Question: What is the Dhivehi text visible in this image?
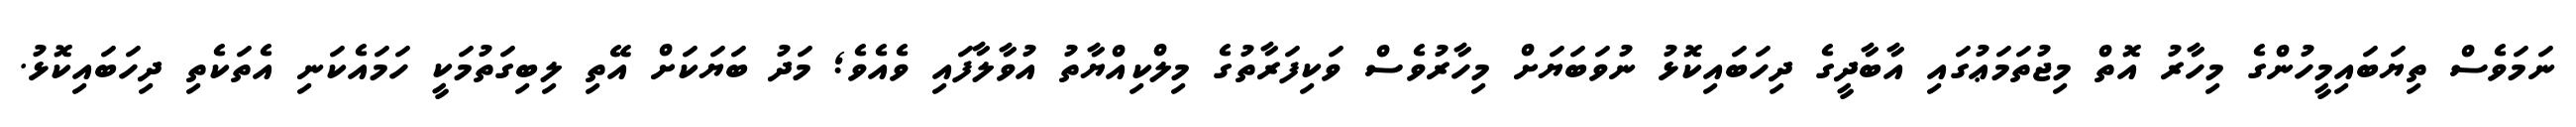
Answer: ނަމަވެސް ތިޔަބައިމީހުންގެ މިހާރު އޮތް މިޖުތަމަޢުގައި އާބާދީގެ ދިހަބައިކޮޅު ނުވަބަޔަށް މިހާރުވެސް ވަކިފަރާތުގެ މިލްކިއްޔާތު އުވާލާފައި ވެއެވެ; މަދު ބަޔަކަށް އޭތި ލިބިގަތުމަކީ ހަމައެކަނި އެތަކެތި ދިހަބައިކޮޅު.